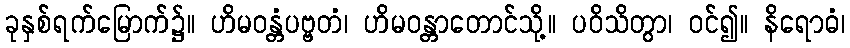
ခုနှစ်ရက်မြောက်၌။ ဟိမဝန္တံပဗ္ဗတံ၊ ဟိမဝန္တာတောင်သို့။ ပဝိသိတွာ၊ ဝင်၍။ နိရောဓံ၊